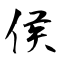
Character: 侯